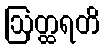
ဩတ္ထရတိ